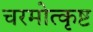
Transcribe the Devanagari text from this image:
चरमोत्कृष्ट